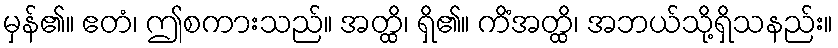
မှန်၏။ ဧတံ၊ ဤစကားသည်။ အတ္ထိ၊ ရှိ၏။ ကိံအတ္ထိ၊ အဘယ်သို့ရှိသနည်း။